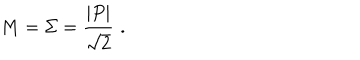
LaTeX: M = \Sigma = \frac { | P | } { \sqrt { 2 } } \, \, .